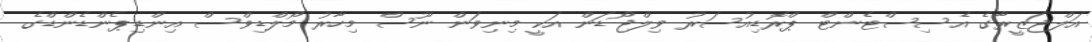
އަލްޖަޒީރާގެ އެސިސްޓެންޓް ޕްރޮޑިއުސަރު ވިލްޖޯޑަން އަކީ މިނިވަން ނޫސް މިހާރު މޯލްޑިވްސް އިންޑިޕެންޑެންޑްގެ